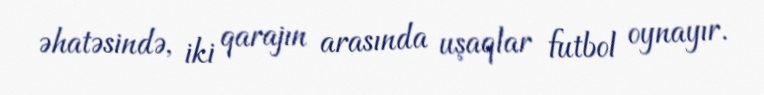
əhatəsində, iki qarajın arasında uşaqlar futbol oynayır.